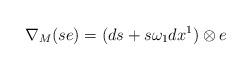
LaTeX: \begin{align*}\nabla_M(se) = (ds + s\omega_1 dx^1) \otimes e\end{align*}